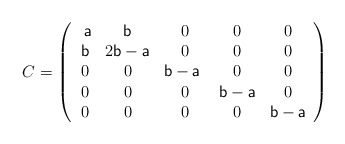
\begin{align*} C=\left( \begin{array}{ccccc} \textsf{ a} & \textsf{b} & 0 & 0 & 0 \\ \textsf{b} & 2\textsf{b}-\textsf{a} & 0 & 0 & 0 \\ 0& 0 & \textsf{b}-\textsf{a }& 0 & 0 \\ 0 & 0 & 0 & \textsf{b}-\textsf{a} & 0 \\ 0& 0 & 0 & 0 & \textsf{b}-\textsf{a} \\ \end{array} \right)\end{align*}